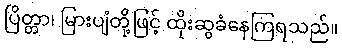
ပြိတ္တာ၊ မြားပျံတို့ဖြင့် ထိုးဆွခံနေကြရသည်။